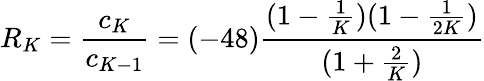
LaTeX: R_{K}=\frac{c_{K}}{c_{K-1}}=(-48)\frac{(1-\frac{1}{K})(1-\frac{1}{2K})}{(1+\frac{2}{K})}